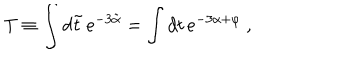
T \equiv \int d \tilde { t } \, e ^ { - 3 \tilde { \alpha } } = \int d t \, e ^ { - 3 \alpha + \varphi } \ ,